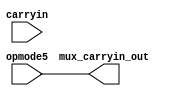
module mux_carryin #(parameter CARRYINSEL="OPMODE5") (
	input opmode5,
	input carryin,
	output mux_carryin_out);

       generate
       	if(CARRYINSEL=="OPMODE5")
       	  assign mux_carryin_out = opmode5;
       	else if (CARRYINSEL=="CARRYIN")
       	  assign  mux_carryin_out = carryin;
       	else 
       	  assign mux_carryin_out = 0;    
       	
       endgenerate
endmodule